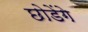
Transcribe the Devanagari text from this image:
छोडेंगे